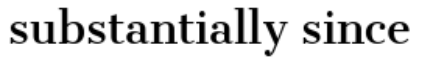
substantially since